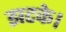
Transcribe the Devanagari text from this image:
झटके।